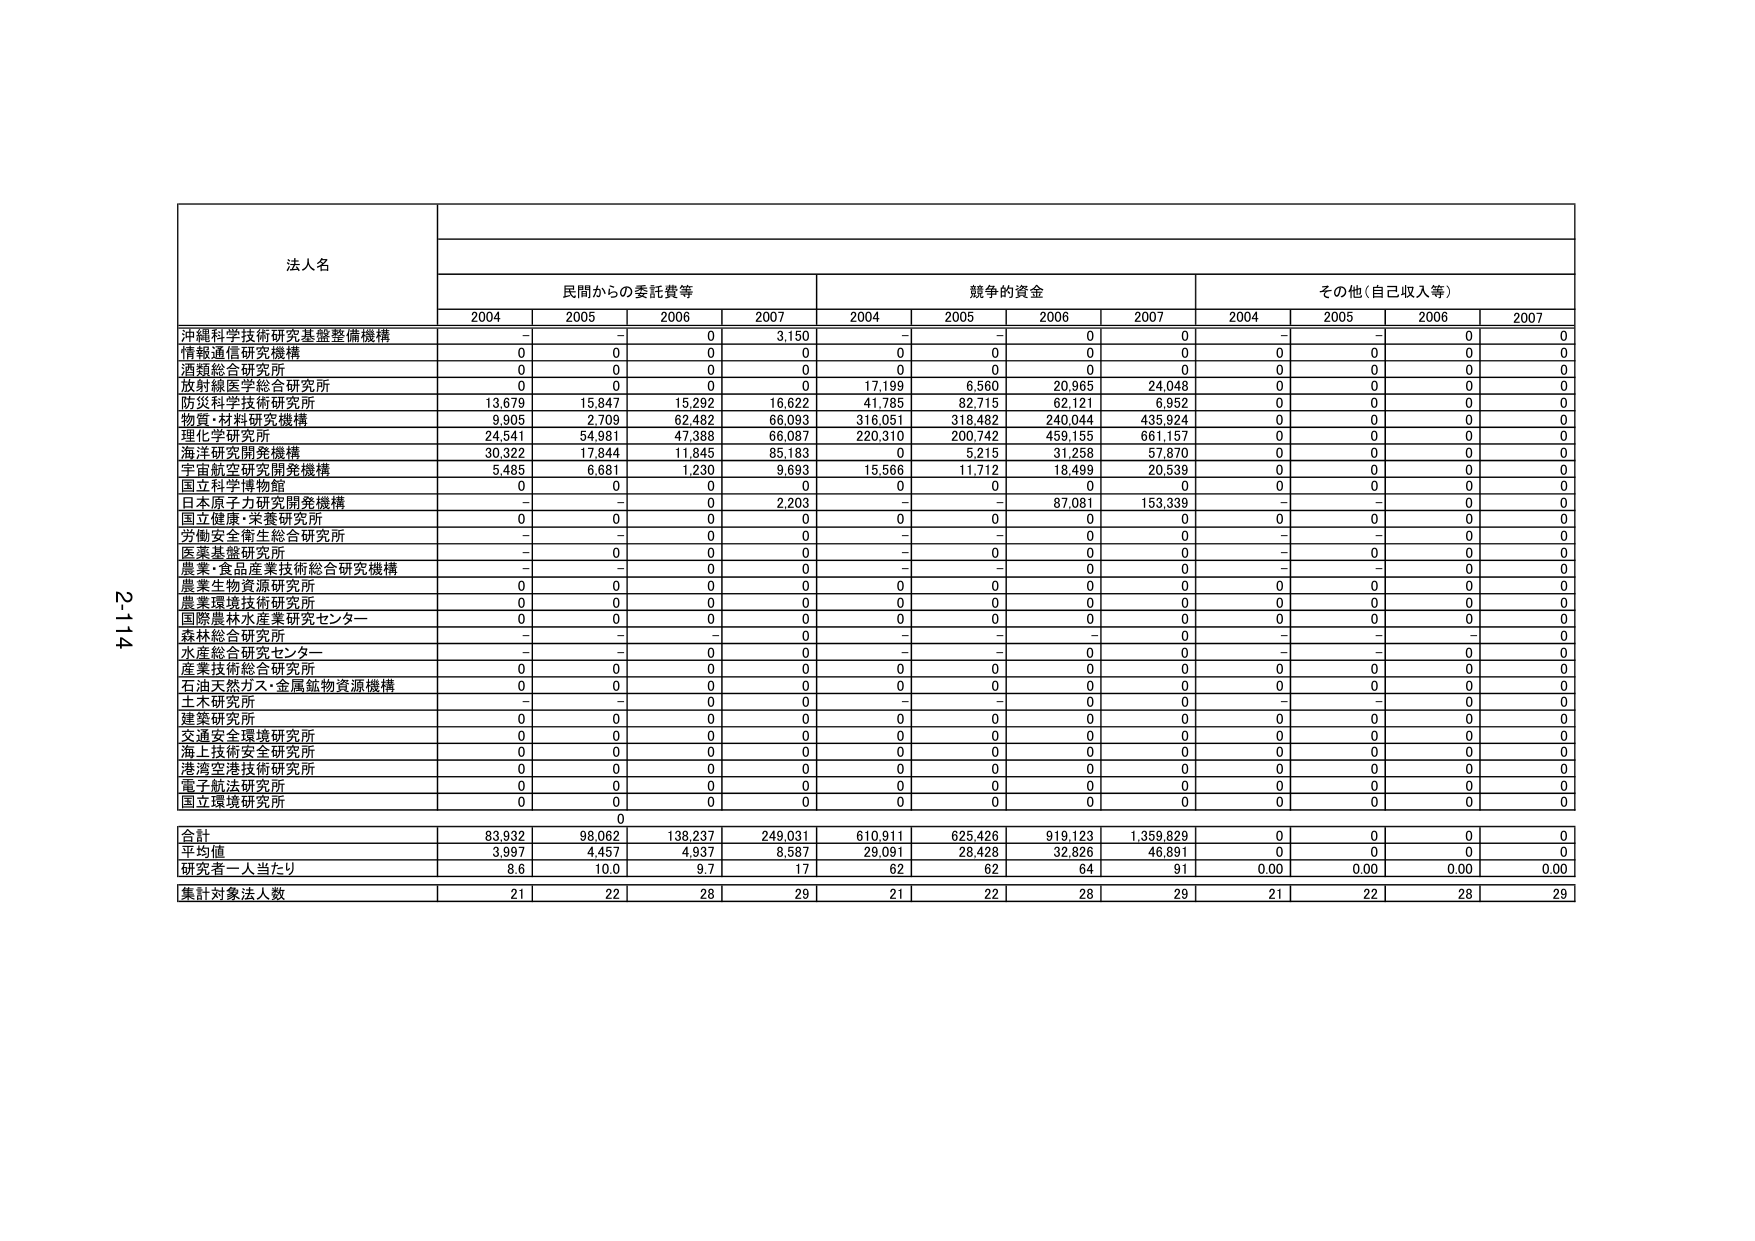
法人名
民間からの委託費等
競争的資金
その他（自己収入等）
2004
2005
2006
2007
2004
2005
2006
2007
2004
2005
2006
2007
沖縄科学技術研究基盤整備機構
-
-
0
3,150
-
-
0
0
-
-
0
0
情報通信研究機構
0
0
0
0
0
0
0
0
0
0
0
0
酒類総合研究所
0
0
0
0
0
0
0
0
0
0
0
0
放射線医学総合研究所
0
0
0
0
17,199
6,560
20,965
24,048
0
0
0
0
防災科学技術研究所
13,679
15,847
15,292
16,622
41,785
82,715
62,121
6,952
0
0
0
0
物質・材料研究機構
9,905
2,709
62,482
66,093
316,051
318,482
240,044
435,924
0
0
0
0
理化学研究所
24,541
54,981
47,388
66,087
220,310
200,742
459,155
661,157
0
0
0
0
海洋研究開発機構
30,322
17,844
11,845
85,183
0
5,215
31,258
57,870
0
0
0
0
宇宙航空研究開発機構
5,485
6,681
1,230
9,693
15,566
11,712
18,499
20,539
0
0
0
0
国立科学博物館
0
0
0
0
0
0
0
0
0
0
0
0
日本原子力研究開発機構
-
-
0
2,203
-
-
87,081
153,339
-
-
0
0
国立健康・栄養研究所
0
0
0
0
0
0
0
0
0
0
0
0
労働安全衛生総合研究所
-
-
0
0
-
-
0
0
-
-
0
0
医薬基盤研究所
-
0
0
0
-
0
0
0
-
0
0
0
農業・食品産業技術総合研究機構
-
-
0
0
-
-
0
0
-
-
0
0
農業生物資源研究所
0
0
0
0
0
0
0
0
0
0
0
0
農業環境技術研究所
0
0
0
0
0
0
0
0
0
0
0
0
国際農林水産業研究センター
0
0
0
0
0
0
0
0
0
0
0
0
森林総合研究所
-
-
-
0
-
-
-
0
-
-
-
0
水産総合研究センター
-
-
0
0
-
-
0
0
-
-
0
0
産業技術総合研究所
0
0
0
0
0
0
0
0
0
0
0
0
石油天然ガス・金属鉱物資源機構
0
0
0
0
0
0
0
0
0
0
0
0
土木研究所
-
-
0
0
-
-
0
0
-
-
0
0
建築研究所
0
0
0
0
0
0
0
0
0
0
0
0
交通安全環境研究所
0
0
0
0
0
0
0
0
0
0
0
0
海上技術安全研究所
0
0
0
0
0
0
0
0
0
0
0
0
港湾空港技術研究所
0
0
0
0
0
0
0
0
0
0
0
0
電子航法研究所
0
0
0
0
0
0
0
0
0
0
0
0
国立環境研究所
0
0
0
0
0
0
0
0
0
0
0
0
0
合計
83,932
98,062
138,237
249,031
610,911
625,426
919,123
1,359,829
0
0
0
0
平均値
3,997
4,457
4,937
8,587
29,091
28,428
32,826
46,891
0
0
0
0
研究者一人当たり
8.6
10.0
9.7
17
62
62
64
91
0.00
0.00
0.00
0.00
集計対象法人数
21
22
28
29
21
22
28
29
21
22
28
29
2-114